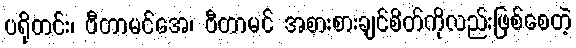
ပရိုတင်း၊ ဗီတာမင်အေ၊ ဗီတာမင် အစားစားချင်စိတ်ကိုလည်းဖြစ်စေတဲ့